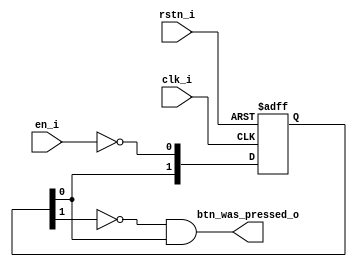
`timescale 1ns / 1ps

module keypress(
  input         clk_i,
  input         rstn_i,
  input         en_i, 
  
  output        btn_was_pressed_o
  );

  reg [1:0] btn_sync;

  always @( posedge clk_i or negedge rstn_i ) begin
    if ( !rstn_i )
      btn_sync <= 2'b0;
    else
      begin
        btn_sync[0] <= ~en_i;
        btn_sync[1] <= btn_sync[0];
      end
  end

  assign btn_was_pressed_o = ~btn_sync[1] & btn_sync[0];  

endmodule